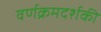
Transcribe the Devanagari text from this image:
वर्णक्रमदर्शकी